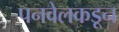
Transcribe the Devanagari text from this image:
पनवेलकडून